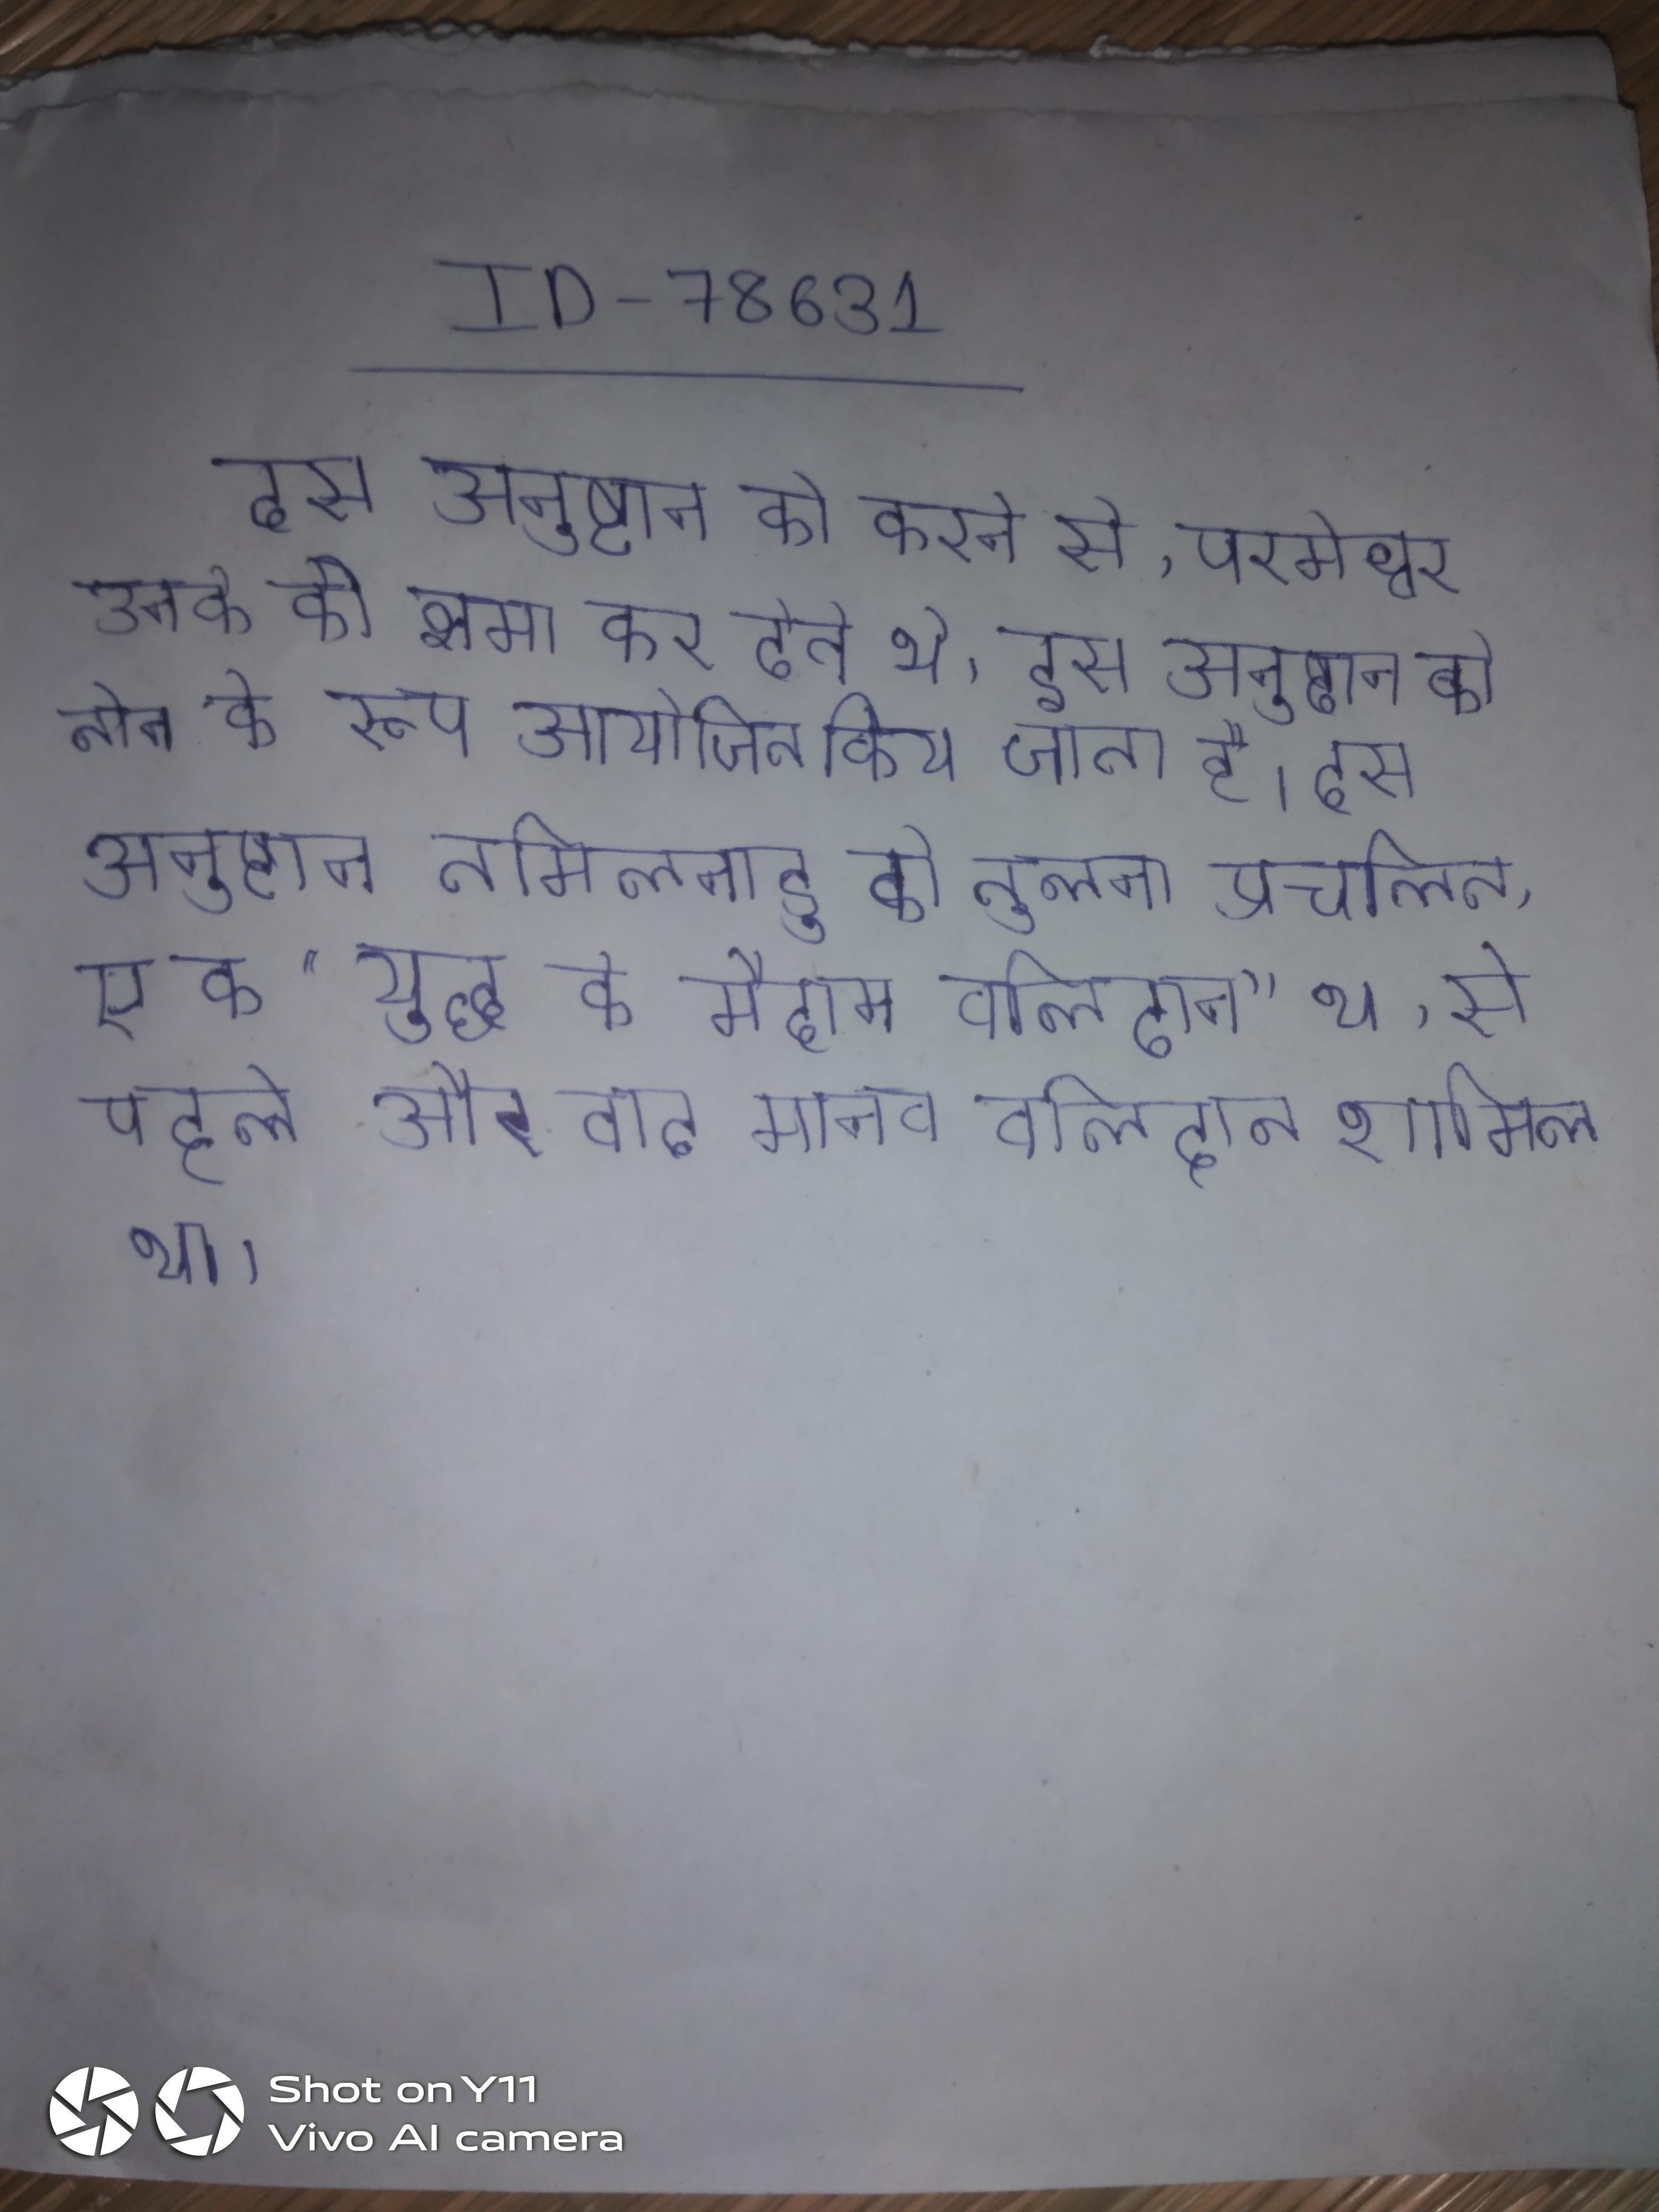
इस अनुष्ठान को करने से, परमेश्वर उनके को क्षमा कर देते थे । इस अनुष्ठान को तीन के रूप आयोजित किया जाता है । इस अनुष्ठान तमिलनाडु की तुलना प्रचलित, एक "युद्ध के मैदान बलिदान" था, से पहले और बाद मानव बलिदान शामिल था ।